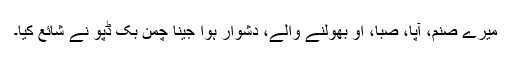
میرے صنم، آپا، صبا، او بھولنے والے، دشوار ہوا جینا چمن بُک ڈپو نے شائع کیا۔